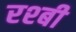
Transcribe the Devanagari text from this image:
रश्बी